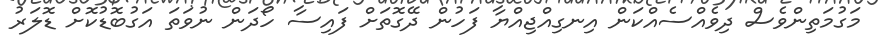
މަގުމަތިންވެސް ދިވެއްސެއްކަން އިނގިއްޖިއްޔާ ފަހުން ދޭގޮތަށް ފައިސާ ހޯދަން ނުވަތަ އަގުބޮޑުކޮށް ޑޮލަރު